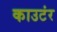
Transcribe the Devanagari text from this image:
काउटंर